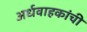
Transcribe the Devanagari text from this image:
अर्धवाहकांची